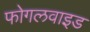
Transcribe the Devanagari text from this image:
फोगलवाइड